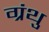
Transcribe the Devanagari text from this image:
ग्रंथु